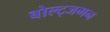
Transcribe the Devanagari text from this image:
बोल्ट्जमन